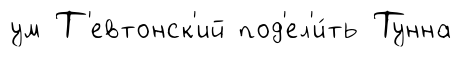
ум Т'евтонск'ий под'ел'и́ть Тунна